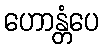
ဟောန္တံပေ